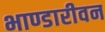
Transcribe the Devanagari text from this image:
भाण्डारीवन